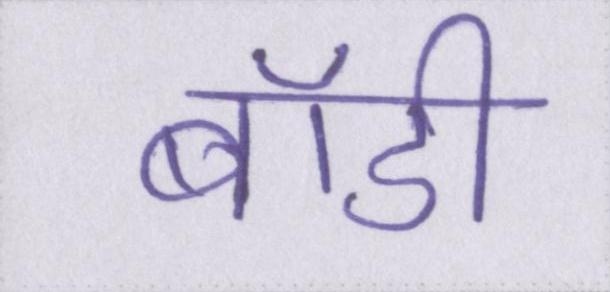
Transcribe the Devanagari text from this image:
बॉडी